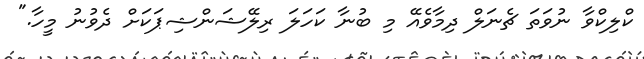
ކްލިކްވާ ނުވަތަ ޗެނަލް ދިމާވެއޭ މި ބުނާ ކަހަލަ ރިލޭޝަންޝިޕަކަށް ދެވުނު މީހާ."